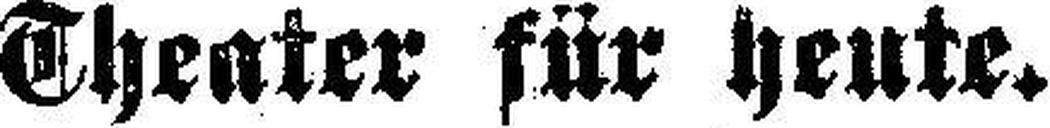
Theater für heute.